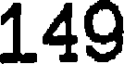
149